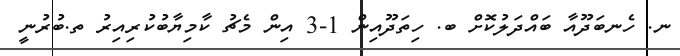
ނ. ހެނބަދޫއާ ބައްދަލުކޮށް ބ. ހިތަދޫއިން 1-3 އިން މެޗު ކާމިޔާބުކުރިއިރު ތ.ބުރުނީ